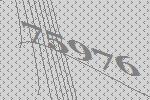
75976